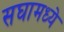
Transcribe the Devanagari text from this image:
सघामध्ये